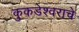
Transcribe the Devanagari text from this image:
कुकडेश्वराचे